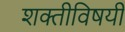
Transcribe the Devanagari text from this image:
शक्तीविषयी